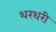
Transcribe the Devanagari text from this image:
थरथरी